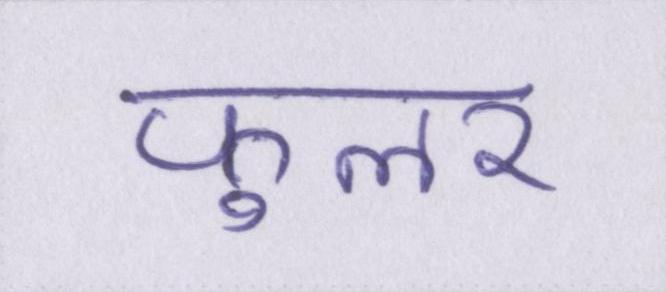
फुलर